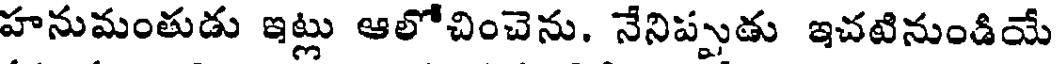
హనుమంతుడు ఇట్లు ఆలోచించెను. నేనిప్పుడు ఇచటినుండియే